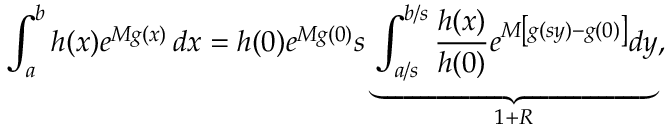
\int _ { a } ^ { b } h ( x ) e ^ { M g ( x ) } \, d x = h ( 0 ) e ^ { M g ( 0 ) } s \underbrace { \int _ { a / s } ^ { b / s } { \frac { h ( x ) } { h ( 0 ) } } e ^ { M \left[ g ( s y ) - g ( 0 ) \right] } d y } _ { 1 + R } ,